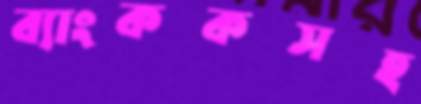
ব্যাংককসহ